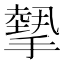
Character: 𢴸